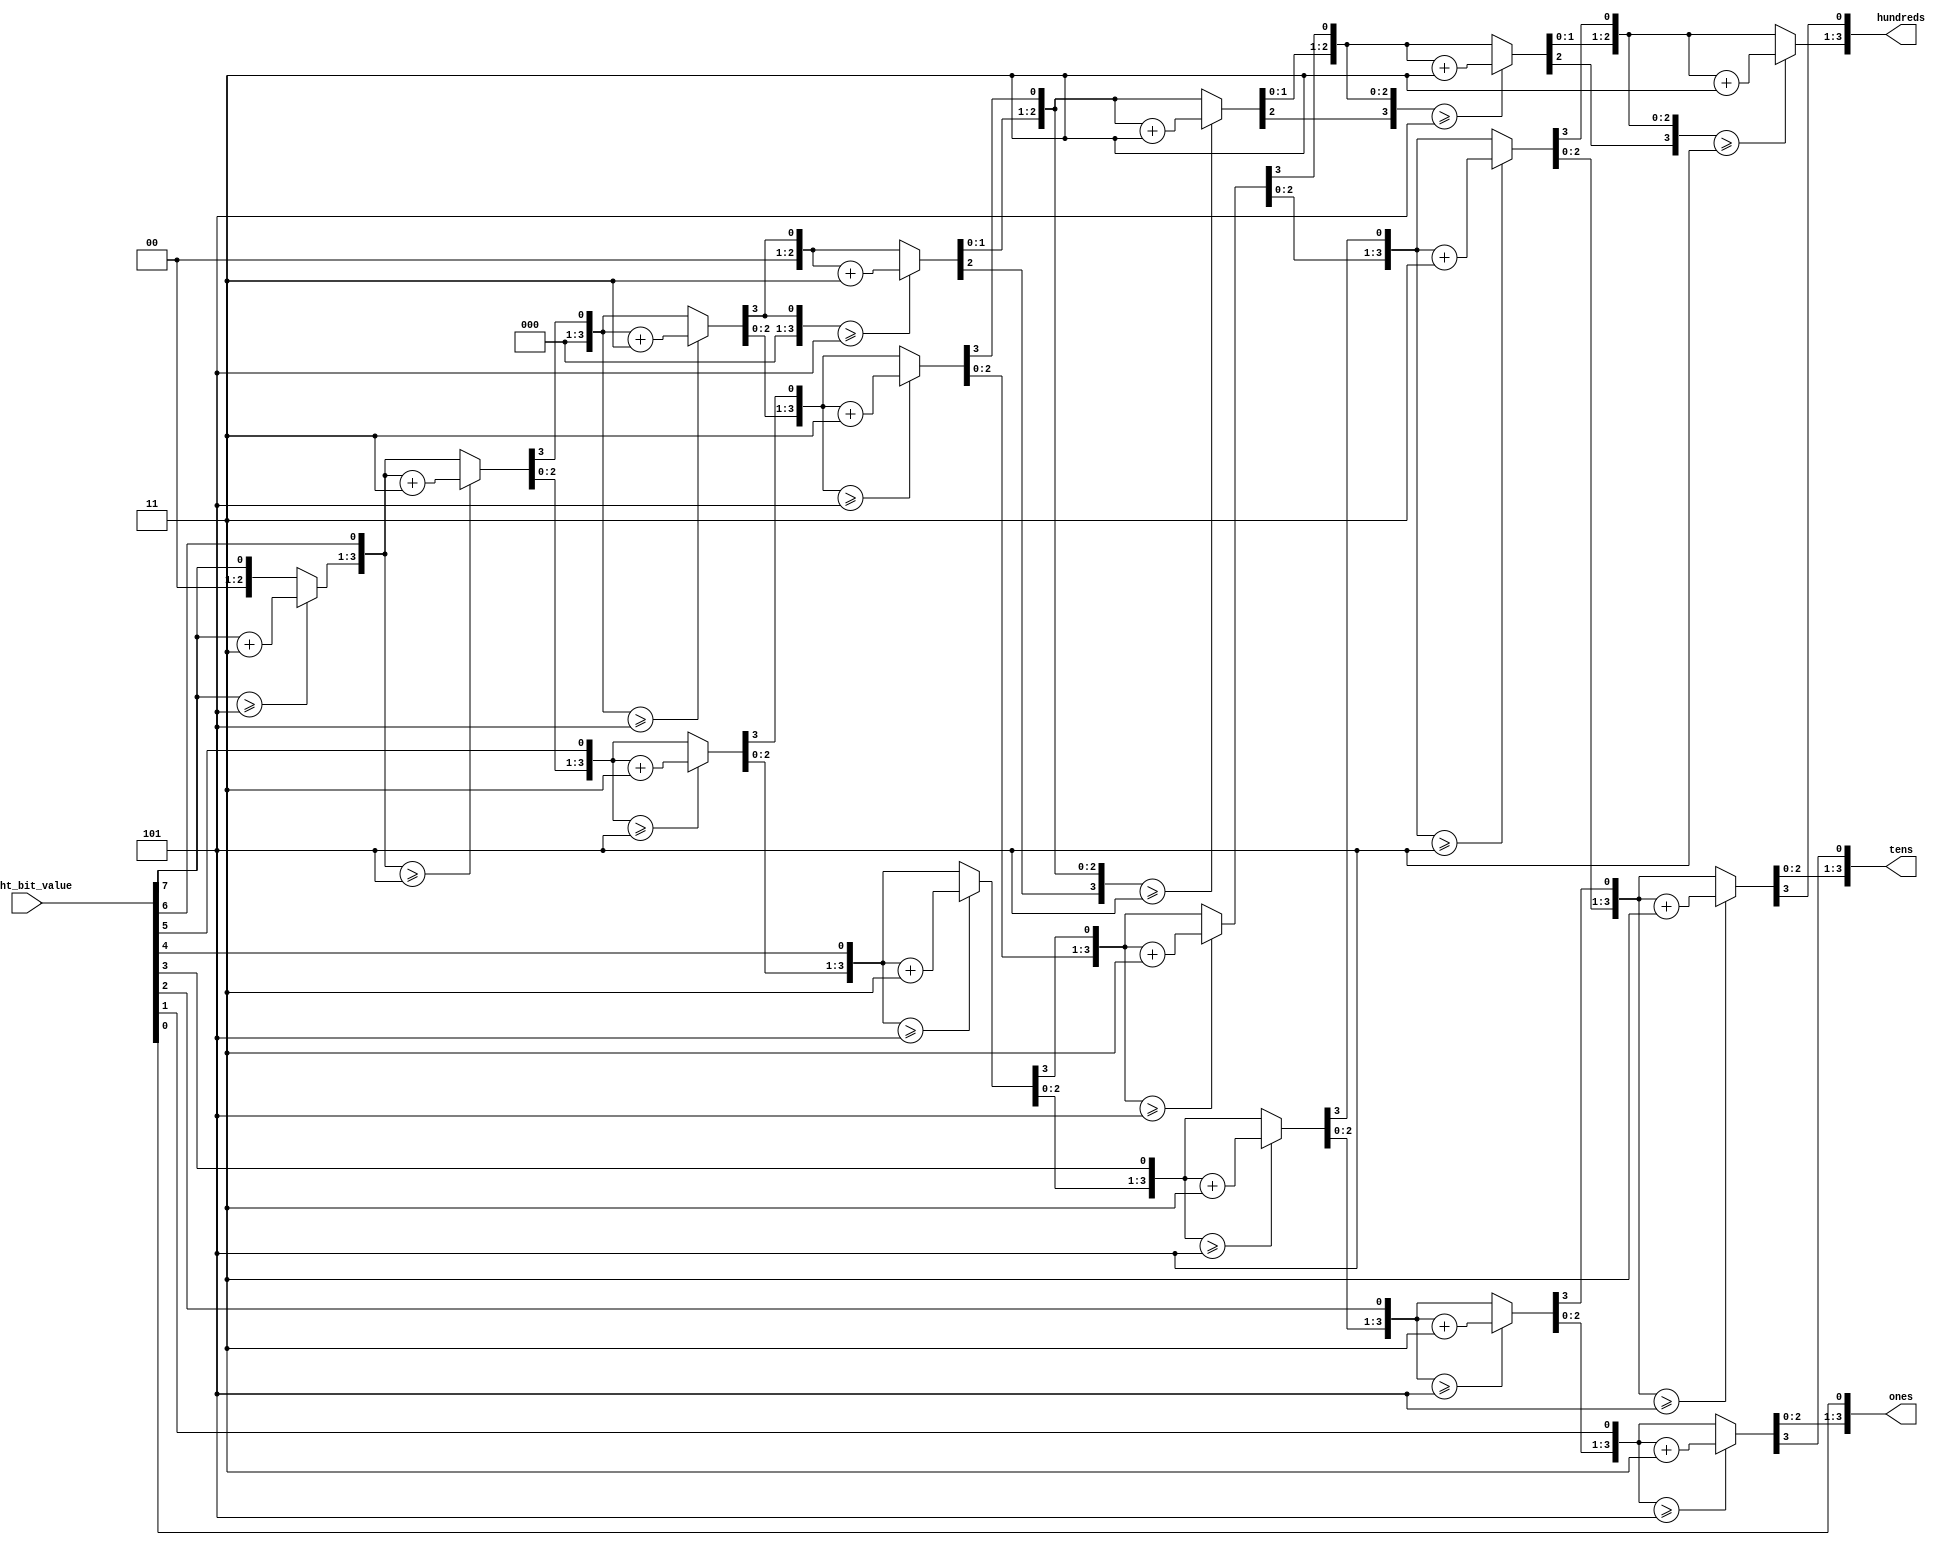
module Binary_to_Decimal (
    input [7:0] eight_bit_value,
    output reg [3:0] ones,
    output reg [3:0] tens,
    output reg [3:0] hundreds
);
    integer  i;
    always @(*) begin
		  hundreds = 4'b0;
		  tens = 4'b0;
		  ones = 4'b0;
        for(i = 7;i >=0;i = i - 1)begin
            if(hundreds >= 5)begin
                hundreds = hundreds + 3;
            end
            if(tens >= 5)begin
                tens = tens + 3;
            end
            if(ones >= 5)begin
                ones = ones +3;
            end
       

			  hundreds = hundreds << 1;
			  hundreds[0] = tens[3];
			  tens = tens << 1;
			  tens[0] = ones[3];
			  ones = ones << 1;
			  ones[0] = eight_bit_value[i]; 
		  end
    end

endmodule